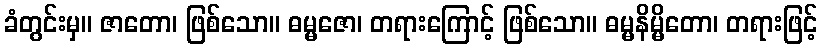
ခံတွင်းမှ။ ဇာတော၊ ဖြစ်သော။ ဓမ္မဇော၊ တရားကြောင့် ဖြစ်သော။ ဓမ္မနိမ္မိတော၊ တရားဖြင့်